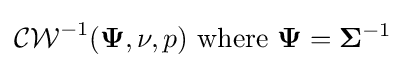
{\mathcal {CW}}^{-1}({\mathbf {\Psi } },\nu ,p){\text{ where }}\mathbf {\Psi } =\mathbf {\Sigma } ^{-1}